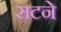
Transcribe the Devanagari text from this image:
सटने